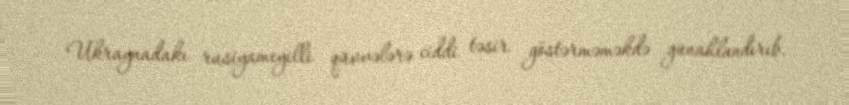
Ukraynadakı rusiyameyilli qüvvələrə ciddi təsir göstərməməkdə günahlandırıb.